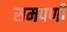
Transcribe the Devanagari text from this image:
समपर्णी